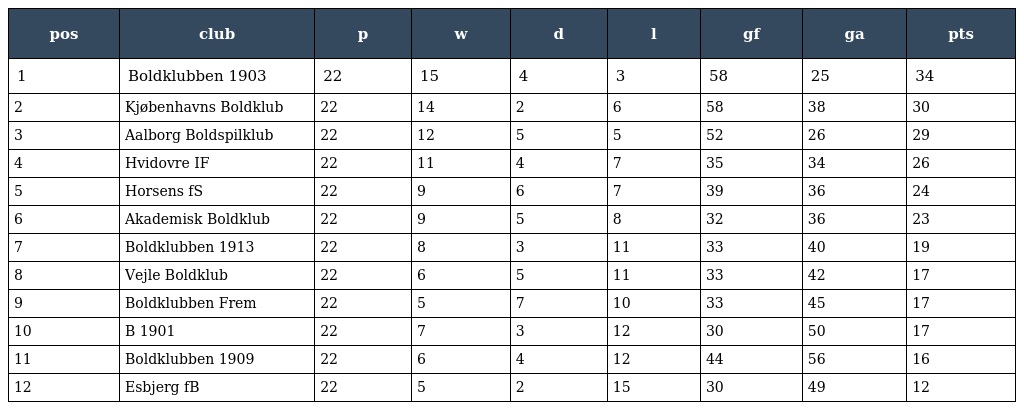
| pos | club | p | w | d | l | gf | ga | pts |
 | --- | --- | --- | --- | --- | --- | --- | --- | --- |
 | 1 | Boldklubben 1903 | 22 | 15 | 4 | 3 | 58 | 25 | 34 |
 | 2 | Kjøbenhavns Boldklub | 22 | 14 | 2 | 6 | 58 | 38 | 30 |
 | 3 | Aalborg Boldspilklub | 22 | 12 | 5 | 5 | 52 | 26 | 29 |
 | 4 | Hvidovre IF | 22 | 11 | 4 | 7 | 35 | 34 | 26 |
 | 5 | Horsens fS | 22 | 9 | 6 | 7 | 39 | 36 | 24 |
 | 6 | Akademisk Boldklub | 22 | 9 | 5 | 8 | 32 | 36 | 23 |
 | 7 | Boldklubben 1913 | 22 | 8 | 3 | 11 | 33 | 40 | 19 |
 | 8 | Vejle Boldklub | 22 | 6 | 5 | 11 | 33 | 42 | 17 |
 | 9 | Boldklubben Frem | 22 | 5 | 7 | 10 | 33 | 45 | 17 |
 | 10 | B 1901 | 22 | 7 | 3 | 12 | 30 | 50 | 17 |
 | 11 | Boldklubben 1909 | 22 | 6 | 4 | 12 | 44 | 56 | 16 |
 | 12 | Esbjerg fB | 22 | 5 | 2 | 15 | 30 | 49 | 12 |